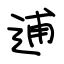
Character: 逋